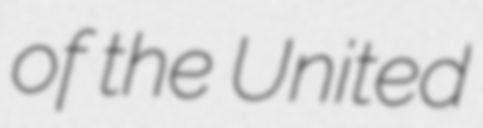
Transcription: of the United